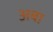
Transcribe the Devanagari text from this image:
अबा